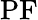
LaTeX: \mathrm{PF}